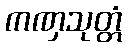
ကဏှသုတ္တံ